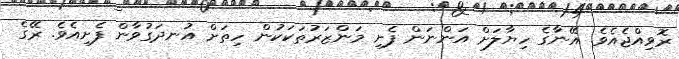
ރޮވިއްޖެއެވެ. އޭނާގެ ހިޔާލަށް އަންނަން ފެށި މަންޒަރުތަކަކުން ހިތަށް އުނދަގުވާން ފެށިއެވެ. ރޭގެ